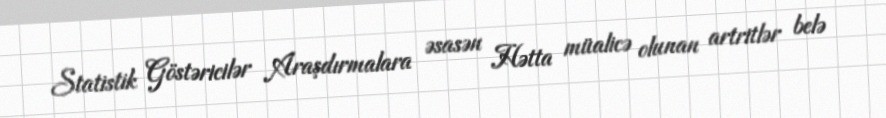
Statistik Göstəricilər Araşdırmalara əsasən Hətta müalicə olunan artritlər belə